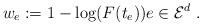
LaTeX: \begin{align*}w_e:= 1 - \log( F(t_e)) e \in \mathcal{E}^d\ . \end{align*}